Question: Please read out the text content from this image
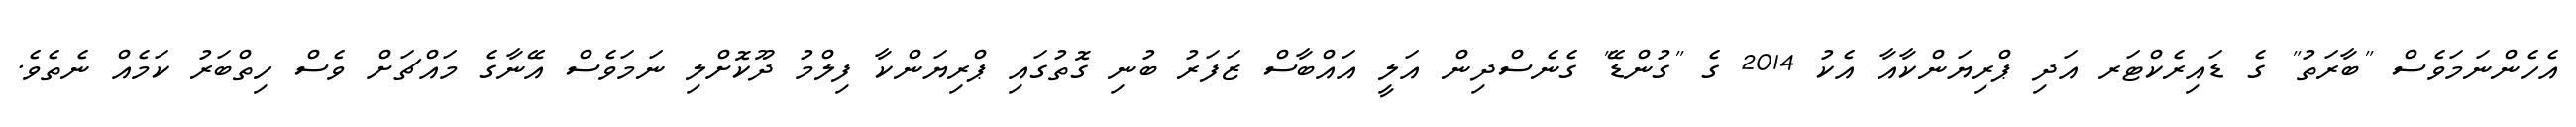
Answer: އެހެންނަމަވެސް "ބާރަތު" ގެ ޑައިރެކްޓަރ އަދި ޕްރިޔަންކާއާ އެކު 2014 ގެ "ގުންޑޭ" ގެނެސްދިން އަލީ އައްބާސް ޒަފަރު ބުނި ގޮތުގައި ޕްރިޔަންކާ ފިލްމު ދޫކޮށްލި ނަމަވެސް އޭނާގެ މައްޗަށް ވެސް ހިތްބަރު ކަމެއް ނެތެވެ.